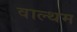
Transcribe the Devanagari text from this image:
वाल्थम